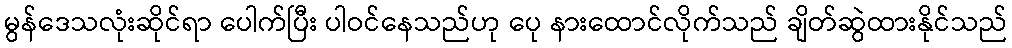
မွန်ဒေသလုံးဆိုင်ရာ ပေါက်ပြီး ပါဝင်နေသည်ဟု ပေု နားထောင်လိုက်သည် ချိတ်ဆွဲထားနိုင်သည်